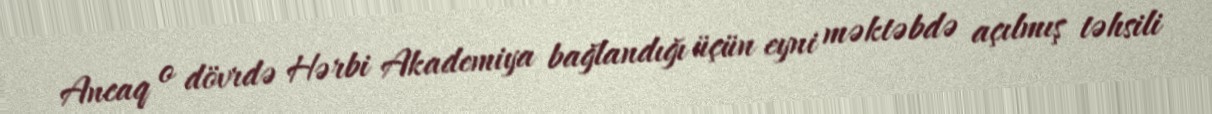
Ancaq o dövrdə Hərbi Akademiya bağlandığı üçün eyni məktəbdə açılmış təhsili